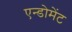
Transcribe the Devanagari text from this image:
एन्डोमेंट